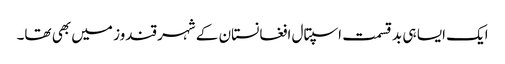
ایک ایسا ہی بد قسمت اسپتال افغانستان کے شہر قندوز میں بھی تھا۔